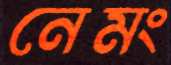
নেমং